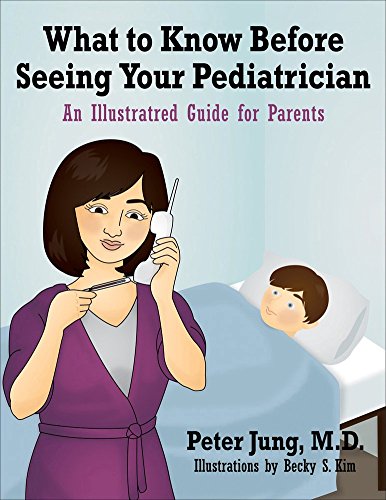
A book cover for What to Know Before Seeing Your Pediatrician; Peter Jung; Medical Books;